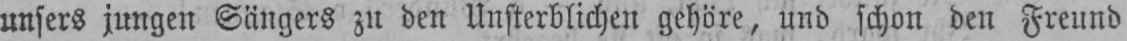
unsers jungen Sängers zu den Unsterblichen gehöre, und schon den Freund